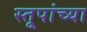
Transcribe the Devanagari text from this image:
स्तूपांच्या